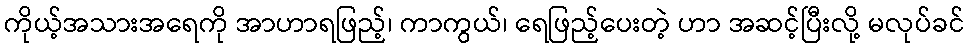
ကိုယ့်အသားအရေကို အာဟာရဖြည့်၊ ကာကွယ်၊ ရေဖြည့်ပေးတဲ့ ဟာ အဆင့်ပြီးလို့ မလုပ်ခင်